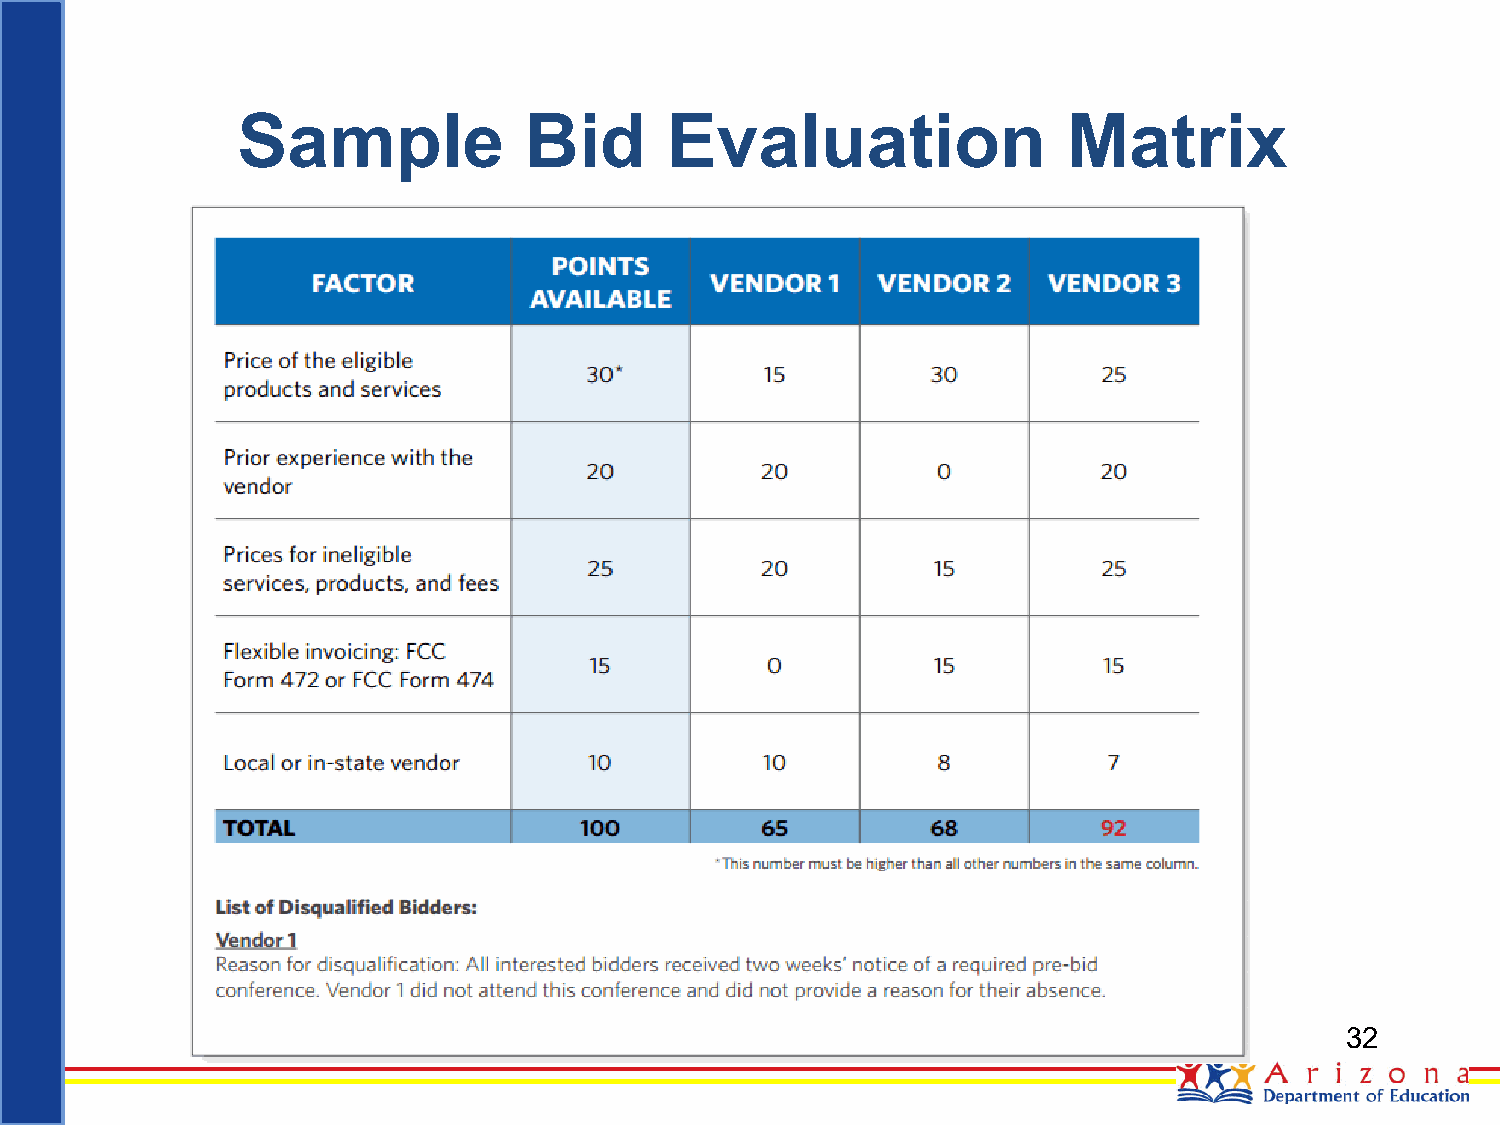
Sample             Bid      Evaluation                 Matrix
 32